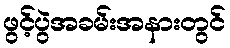
ဖွင့်ပွဲအခမ်းအနားတွင်